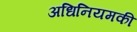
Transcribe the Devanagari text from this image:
अधिनियमकी